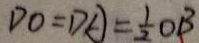
D O = D A = \frac { 1 } { 2 } O B